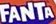
FANTA